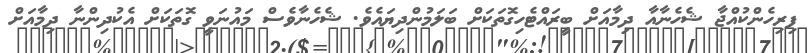
ފިރިހެންކުއްޖާ ޝެހެނާއާ ދިމާއަށް ބީރައްޓެހިގޮތަކަށް ބަލަމުންދިޔައެވެ. ޝެހެނާވެސް މައުނަވީ ގޮތަކަށް އެކުދިންނާ ދިމާއަށް